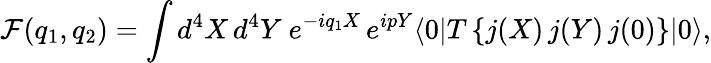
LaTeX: {\cal{F}}(q_{1},q_{2})=\int d^{4}X\, d^{4}Y\ e^{-iq_{1}X}\, e^{ipY}\langle 0|T\left\{ j(X)\, j(Y)\, j(0)\right\} |0\rangle,